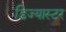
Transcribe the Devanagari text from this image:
डिज्यास्टर